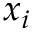
x _ { i }